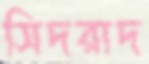
সিদরাদ